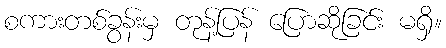
စကားတစ်ခွန်းမှ တုန့်ပြန် ပြောဆိုခြင်း မရှိ။